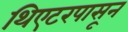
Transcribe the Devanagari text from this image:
थिएटरपासून